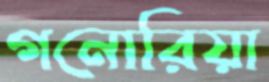
গনোরিয়া